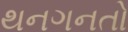
થનગનતો